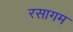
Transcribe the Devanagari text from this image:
रसागम